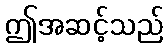
ဤအဆင့်သည်